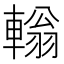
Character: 𨎃